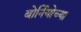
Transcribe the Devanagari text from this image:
बोर्नियोच्या